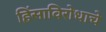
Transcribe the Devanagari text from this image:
हिंसाविरोधाचे